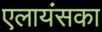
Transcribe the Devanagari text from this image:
एलायंसका